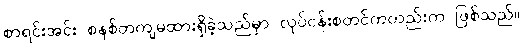
စာရင်းအင်း စနစ်တကျမထားရှိခဲ့သည်မှာ လုပ်ငန်းစတင်ကတည်းက ဖြစ်သည်။